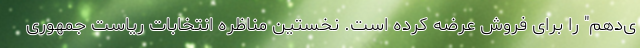
ی‌دهم" را برای فروش عرضه کرده است. نخستین مناظره انتخابات ریاست جمهوری